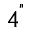
4 ^ { " }